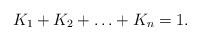
LaTeX: \begin{align*} K_1+K_2+\ldots+K_n =1.\end{align*}